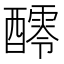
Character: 𨣖